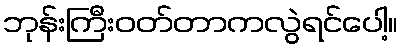
ဘုန်းကြီးဝတ်တာကလွဲရင်ပေါ့။